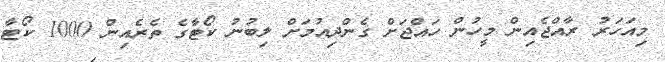
މިއަހަރު ރާއްޖެއިން މީހުން ހައްޖަށް ގެންދިއުމަށް ލިބުނު ކޯޓާގެ ތެރެއިން 1000 ކޯޓާ